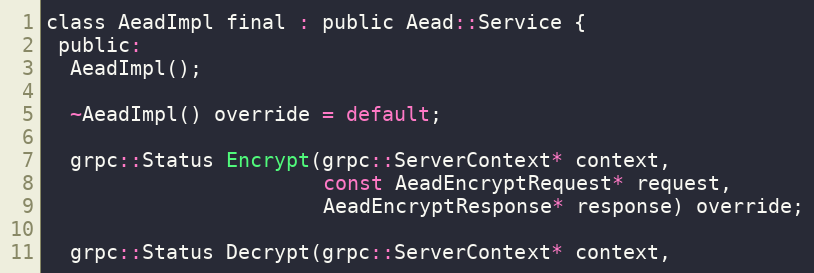
Language: C
class AeadImpl final : public Aead::Service {
 public:
  AeadImpl();

  ~AeadImpl() override = default;

  grpc::Status Encrypt(grpc::ServerContext* context,
                       const AeadEncryptRequest* request,
                       AeadEncryptResponse* response) override;

  grpc::Status Decrypt(grpc::ServerContext* context,